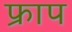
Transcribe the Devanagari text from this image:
फ्राप